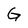
Character: G